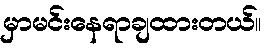
မှာမင်းနေရာချထားတယ်။